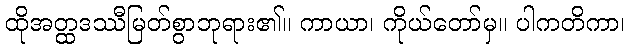
ထိုအတ္ထဒဿီမြတ်စွာဘုရား၏။ ကာယာ၊ ကိုယ်တော်မှ။ ပါကတိကာ၊